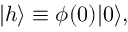
| h \rangle \equiv \phi ( 0 ) | 0 \rangle ,